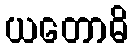
ယတောဓိ